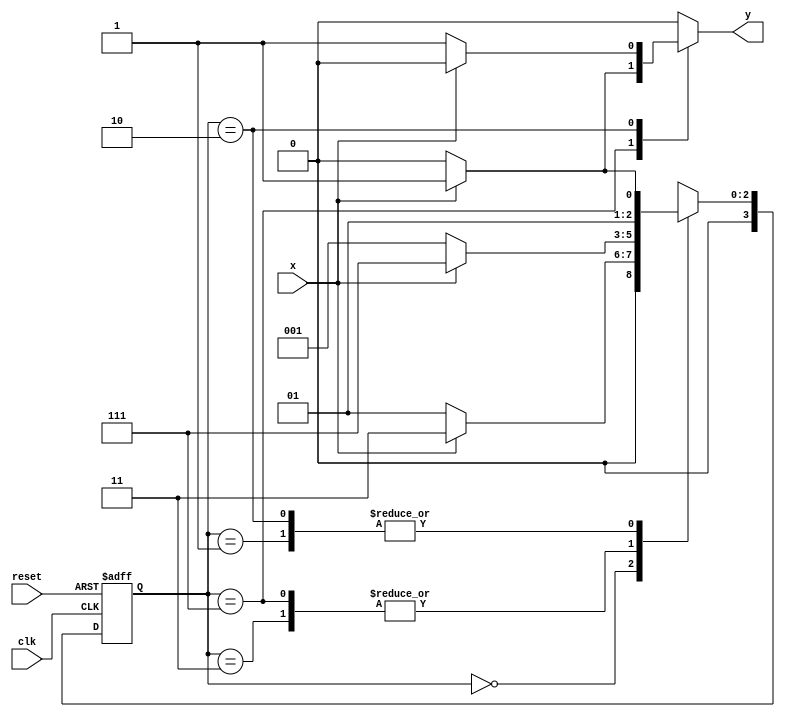
// ------------------------- 
// Mealy x000 
// Nome: Lucas Siqueira Chagas 
// -------------------------


// constant definitions 
   `define found 1 
   `define notfound 0 
	
// FSM by Mealy 
    module mealy000_111 ( y, x, clk, reset ); 
      output y; 
      input x; 
      input clk; 
      input reset; 

      reg y; 
		
    parameter // state identifiers 
      start = 4'b0000, 
      id1 = 4'b0001, 
      id11 = 4'b0011, 
      id110 = 4'b0010, 
		id111 = 4'b0111;
		
		
		
   reg [3:0] E1; // current state variables 
   reg [3:0] E2; // next state logic output
	 
// next state logic 
   always @( x or E1 ) 
	
   begin 
   y = `notfound; 
   case ( E1 ) 
   start: 
    if ( x ) 
      E2 = id11; 
    else 
      E2 = id1; 
   id1: 
    if ( x ) 
      E2 = id11; 
    else 
      E2 = id110; 
   id11: 
    if ( x ) 
      E2 = id111; 
    else 
      E2 = id1; 	
	 id111:
	  if ( x ) 
	begin 
      E2 = id111; 
      y = `found; 
      end
    else 
      begin 
      E2 = id1; 
		y = `notfound;
      end 
		
		id110:
		if ( x ) 
			begin 
				E2 = id11; 
				y = `notfound; 
			end
 		else 
			begin 
				E2 = id110; 
				y = `found;
			end 
		
    default: // undefined state 
      E2 = 2'bxx; 
    endcase 
    end // always at signal or state changing 

// state variables 
     always @( posedge clk or negedge reset ) 
     begin 
      if ( reset ) 
       E1 = E2; // updates current state 
      else 
       E1 = 0; // reset 
      end // always at signal changing 
     
	   endmodule //